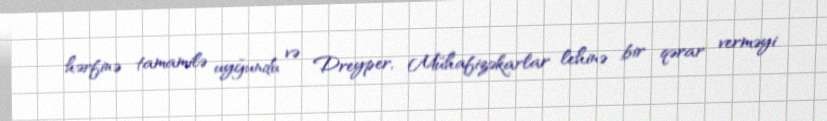
hərfinə tamamilə uyğundu və Dreyper, Mühafizəkarlar lehinə bir qərar verməyi